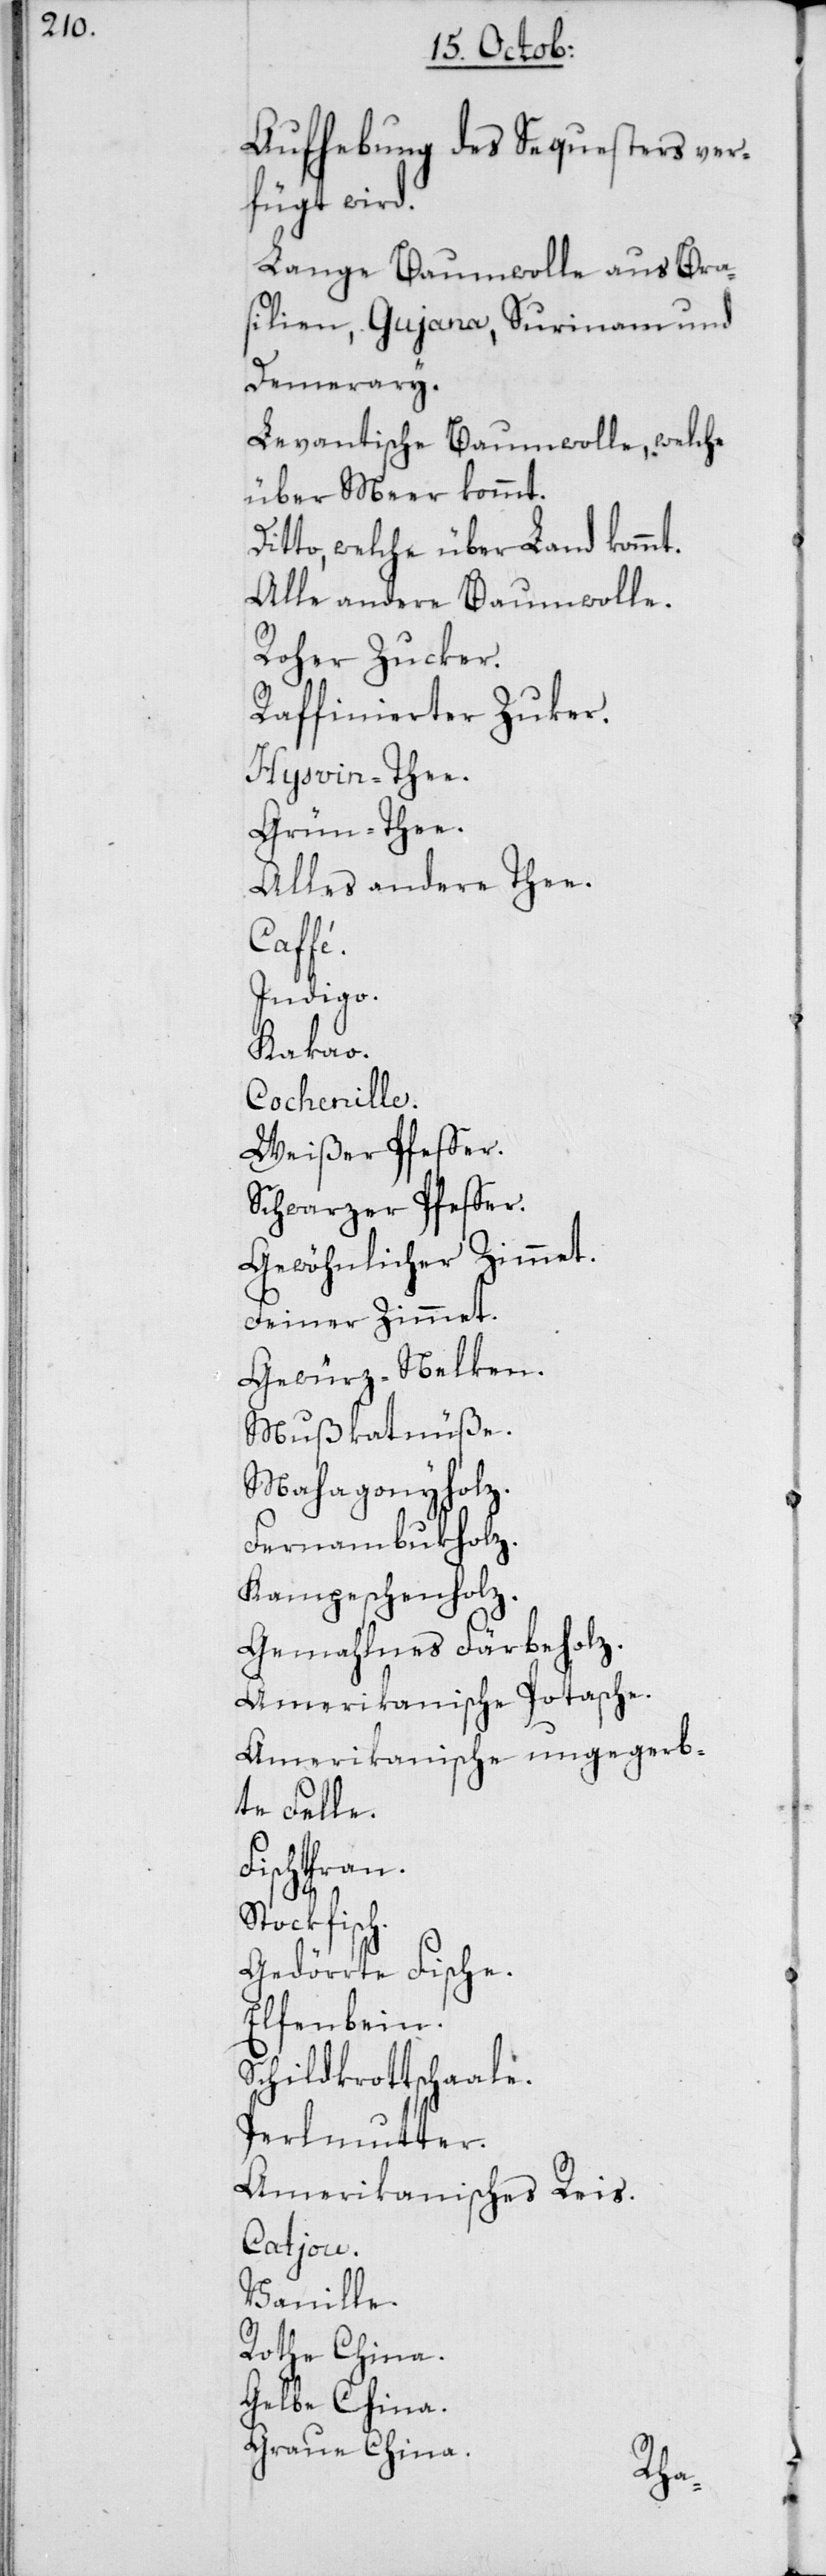
Aufhebung des Sequesters ver¬
fügt wird.
Lange Baumwolle aus Bra¬
silien, Gujana, Surinam und
Demerary.
Levantische Baumwolle, welche
über Meer kommt.
Dito, welche über Land ko¬
Alle andere Baum¬
Roher Zucker.
Raffinierter Zucker.
Hysvin-Tee.
Grün-Tee.
Alles andere Te¬
tasche.
Indigo.
Kakao.
Cochenille.
Weißer Pfeffer.
Schwarzer Pfeffer.
Gewöhnlicher Zim¬
Feiner Zimmet.
Gewürz-Nelken.
Mußkatnüße.
Mahagonyholz.
Fernambukholz.
Kampeschenholz.
Gemahlenes Färbe¬
Amerikanische Po¬
Amerikanische un¬
te Felle.
Fischtran.
Stockfisch.
Gedörrte Fische.
Elfenbein.
Schildkrottschaale.
Perlmutter.
Amerikanisches Reis.
Catjou.
Vanille.
Rothe Ch¬
ina.
Gelbe China.
Graue